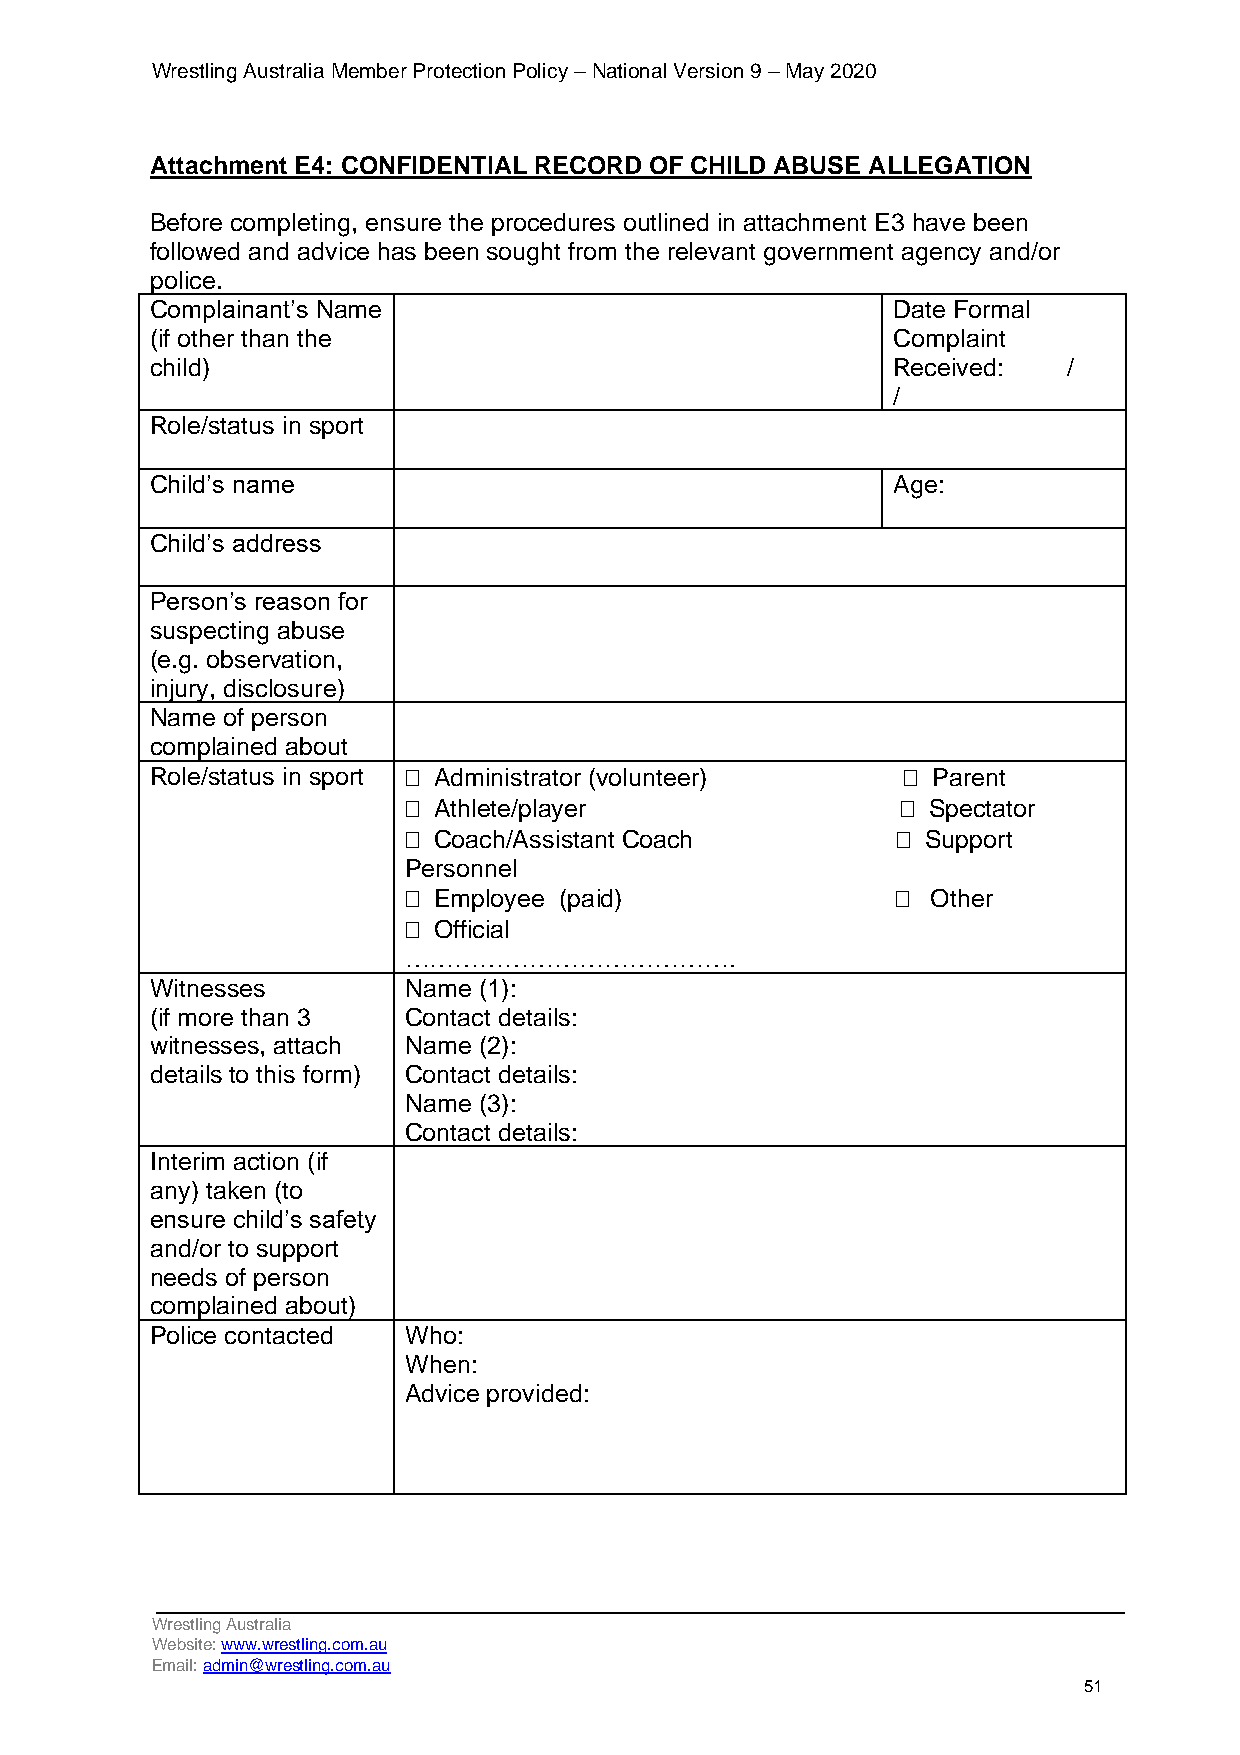
Wrestling Australia Member Protection Policy – National Version 9 – May 2020
 Attachment E4: CONFIDENTIAL RECORD OF CHILD ABUSE ALLEGATION
 Before completing, ensure the procedures outlined in attachment E3 have been
 followed and advice has been sought from the relevant government agency and/or
 police.
 Complainant’s Name                               Date Formal
 (if other than the                               Complaint
 child)                                           Received:   /
 /
 Role/status in sport
 Child’s name                                     Age:
 Child’s address
 Person’s reason for
 suspecting abuse
 (e.g. observation,
 injury, disclosure)
 Name of person
 complained about
 Role/status in sport  Administrator (volunteer)   Parent
  Athlete/player                  Spectator
  Coach/Assistant Coach          Support
 Personnel
  Employee (paid)                 Other
  Official
 ………………………………….
 Witnesses        Name (1):
 (if more than 3  Contact details:
 witnesses, attach Name (2):
 details to this form) Contact details:
 Name (3):
 Contact details:
 Interim action (if
 any) taken (to
 ensure child’s safety
 and/or to support
 needs of person
 complained about)
 Police contacted Who:
 When:
 Advice provided:
 Wrestling Australia
 Website: www.wrestling.com.au
 Email: admin@wrestling.com.au
 51